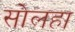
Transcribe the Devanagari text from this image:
सोलहा